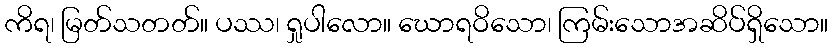
ကိရ၊ မြတ်သတတ်။ ပဿ၊ ရှုပါလော။ ဃောရဝိသော၊ ကြမ်းသောအဆိပ်ရှိသော။